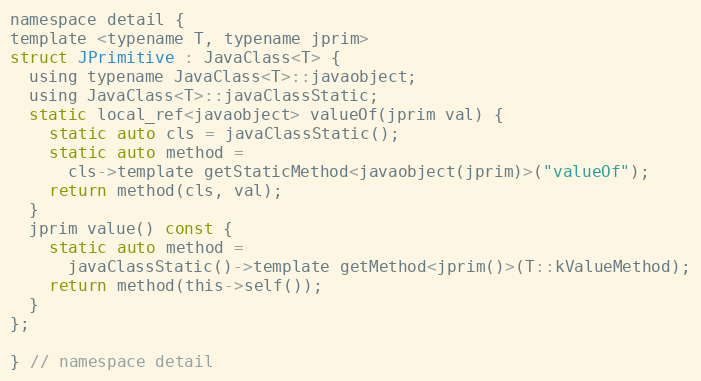
Language: C
namespace detail {
template <typename T, typename jprim>
struct JPrimitive : JavaClass<T> {
  using typename JavaClass<T>::javaobject;
  using JavaClass<T>::javaClassStatic;
  static local_ref<javaobject> valueOf(jprim val) {
    static auto cls = javaClassStatic();
    static auto method =
      cls->template getStaticMethod<javaobject(jprim)>("valueOf");
    return method(cls, val);
  }
  jprim value() const {
    static auto method =
      javaClassStatic()->template getMethod<jprim()>(T::kValueMethod);
    return method(this->self());
  }
};

} // namespace detail